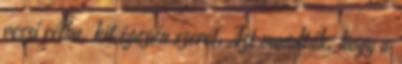
veszi célba, kit igazán szeret. Azt mondták, hogy a